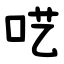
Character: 呓